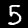
Digit: 5